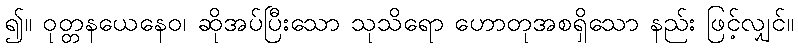
၍။ ဝုတ္တနယေနေဝ၊ ဆိုအပ်ပြီးသော သုသိရော ဟောတုအစရှိသော နည်း ဖြင့်လျှင်။